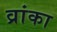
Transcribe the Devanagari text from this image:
व्रांका